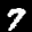
Label: 7